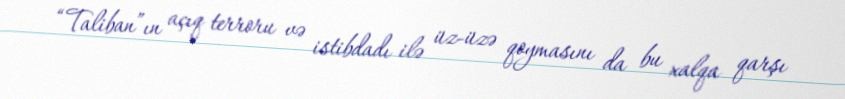
“Taliban”ın açıq terroru və istibdadı ilə üz-üzə qoymasını da bu xalqa qarşı